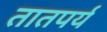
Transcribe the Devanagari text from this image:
तातपर्य